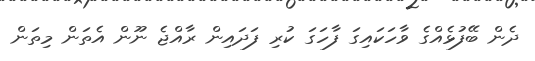
ދެން ބޭފުޅެއްގެ ވާހަކައިގަ ފާހަގަ ކުރި ފަދައިން ރާއްޖެ ނޫން އެތަން މިތަން